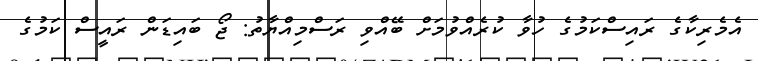
އެމެރިކާގެ ރައިސްކަމުގެ ހުވާ ކުރެއްވުމަށް ބޭއްވި ރަސްމިއްޔާތު: ޖޯ ބައިޑަން ރައީސް ކަމުގެ